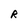
Character: R